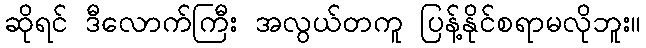
ဆိုရင် ဒီလောက်ကြီး အလွယ်တကူ ပြန့်နိုင်စရာမလိုဘူး။